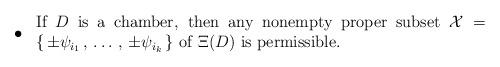
LaTeX: \begin{align*}\bullet \ \begin{tabular}{p{4.5in}}If $D$ is a chamber, then any nonempty proper subset ${\mathcal X} = \{ \, \pm \psi_{i_1} \, , \,\dots \, , \, \pm \psi_{i_k} \, \}$ of $\Xi (D)$ is permissible. \\\end{tabular} \hskip 0.22in\end{align*}